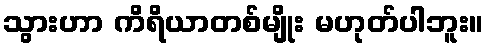
သွားဟာ ကိရိယာတစ်မျိုး မဟုတ်ပါဘူး။